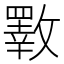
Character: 斁